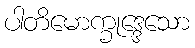
ပါတိမောက္ခုဒ္ဒေသော